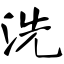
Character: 洗